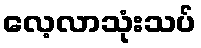
လေ့လာသုံးသပ်